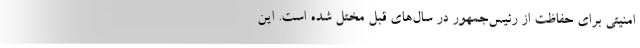
امنیتی برای حفاظت از رئیس‌جمهور در سال‌های قبل مختل شده است. این